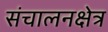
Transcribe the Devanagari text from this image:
संचालनक्षेत्र